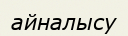
айналысу